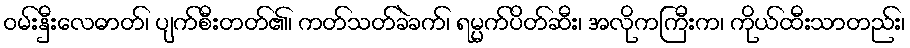
ဝမ်းနှီးလေဓာတ်၊ ပျက်စီးတတ်၏၊ ကတ်သတ်ခဲခက်၊ ရမ္မက်ပိတ်ဆီး၊ အလိုကကြီးက၊ ကိုယ်ထီးသာတည်း၊